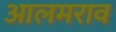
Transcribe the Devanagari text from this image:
आलमराव